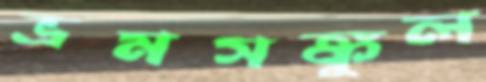
ভ্রমসঙ্কুল